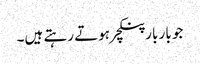
جو بار بار پنکچر ہوتے رہتے ہیں۔